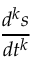
\textstyle { \frac { d ^ { k } s } { d t ^ { k } } }